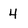
Character: 4